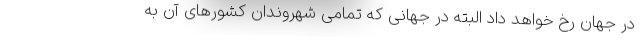
در جهان رخ خواهد داد البته در جهانی که تمامی شهروندان کشورهای آن به‌